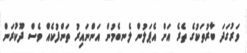
ވަރުގަދަ ބާރުތަކުގެ ތެރެ އަށް އެޕަލުން ލެނބެމުން އަންނައިރު ތަންފުކެއް ވެސް ދޫކުރަން